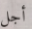
أجل